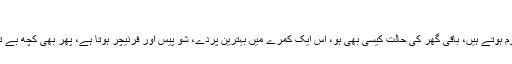
حِرا ایمن | مکالمہ
ہر گھر میں مہمانوں کو بٹھانے کیلئے خوب سجے سنورے ڈرائنگ روم ہوتے ہیں، باقی گھر کی حالت کیسی بھی ہو، اس ایک کمرے میں بہترین پردے، شو پیس اور فرنیچر ہوتا ہے، پھر بھی کچھ بے تکلف رشتے دار آپکا نہایت ذاتی بیڈ روم دیکھنے کے متمنی ہوتے ہیں۔